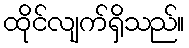
ထိုင်လျက်ရှိသည်။